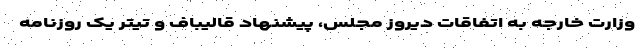
وزارت خارجه به اتفاقات دیروز مجلس، پیشنهاد قالیباف و تیتر یک روزنامه